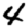
Digit: 4